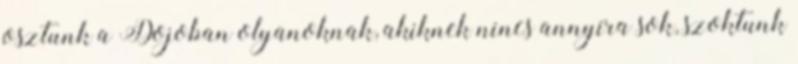
osztunk a Dojoban olyanoknak, akiknek nincs annyira sok, szoktunk